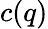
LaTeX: c(q)